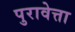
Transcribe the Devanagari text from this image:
पुरावेत्ता